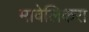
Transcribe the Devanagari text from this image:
मावेलिकरा